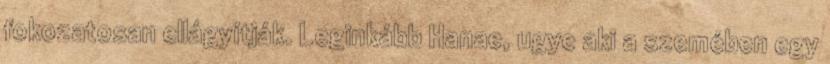
fokozatosan ellágyítják. Leginkább Hanae, ugye aki a szemében egy